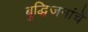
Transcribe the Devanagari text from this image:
बुद्धिजनांचे